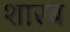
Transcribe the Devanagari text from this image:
शारब